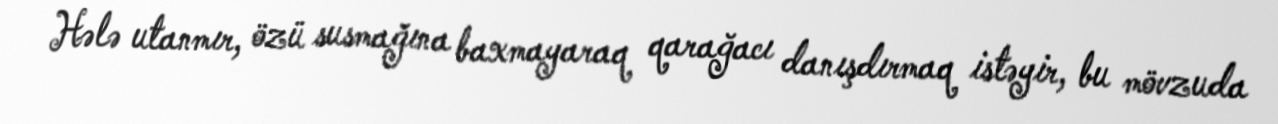
Hələ utanmır, özü susmağına baxmayaraq qarağacı danışdırmaq istəyir, bu mövzuda